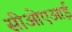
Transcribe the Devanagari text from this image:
सीओएआई